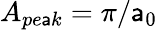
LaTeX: A_{pe\mathsf{a}k}=\pi/\mathsf{a}_{0}